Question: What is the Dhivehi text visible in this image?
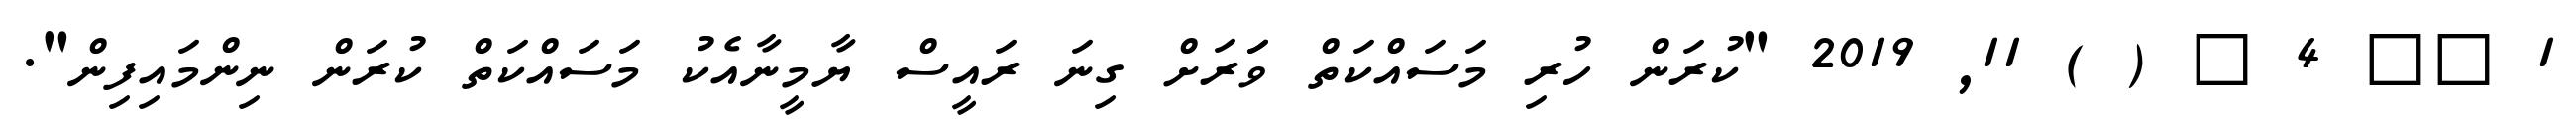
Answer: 1 ?? 4 ? ( ) 11, 2019 "ކުރަން ހުރި މަސައްކަތް ވަަރަށް ގިނަ ރައީސް ޔާމީނާއެކު މަސައްކަތް ކުރަން ނިންމައިފިން".